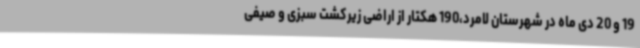
19 و 20 دی ماه در شهرستان لامرد،190 هکتار از اراضی زیرکشت سبزی و صیفی